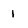
Character: 1